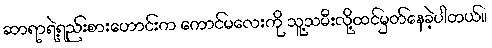
ဆာရာရဲ့ရည်းစားဟောင်းက ကောင်မလေးကို သူ့သမီးလို့ထင်မှတ်နေခဲ့ပါတယ်။